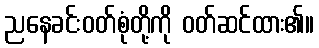
ညနေခင်းဝတ်စုံတို့ကို ဝတ်ဆင်ထား၏။